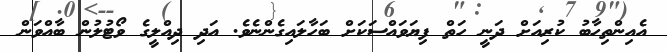
އެއިންތިހާބު ކުރިއަށް ދަނީ ހަތް ފިޔަވައްސަކަށް ބަހާލައިގެންނެވެ. އަދި ދިއްލީގެ ވޯޓުލުން ބާއްވަން